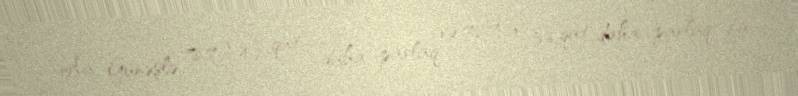
Aa, Günəşlə 78.7 ± 4.2 qat daha parlaq və 72.7 ± 3.6 qat daha parlaq, bu